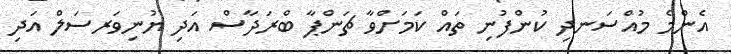
އެންމެ މުއްސަނދި ކުންފުނި ތައް ކަމަށްވާ ޗަންޕާ ބްރަދާސް އަދި ޔުނިވަރސަލް އަދި